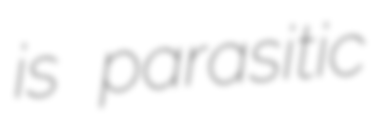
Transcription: is parasitic